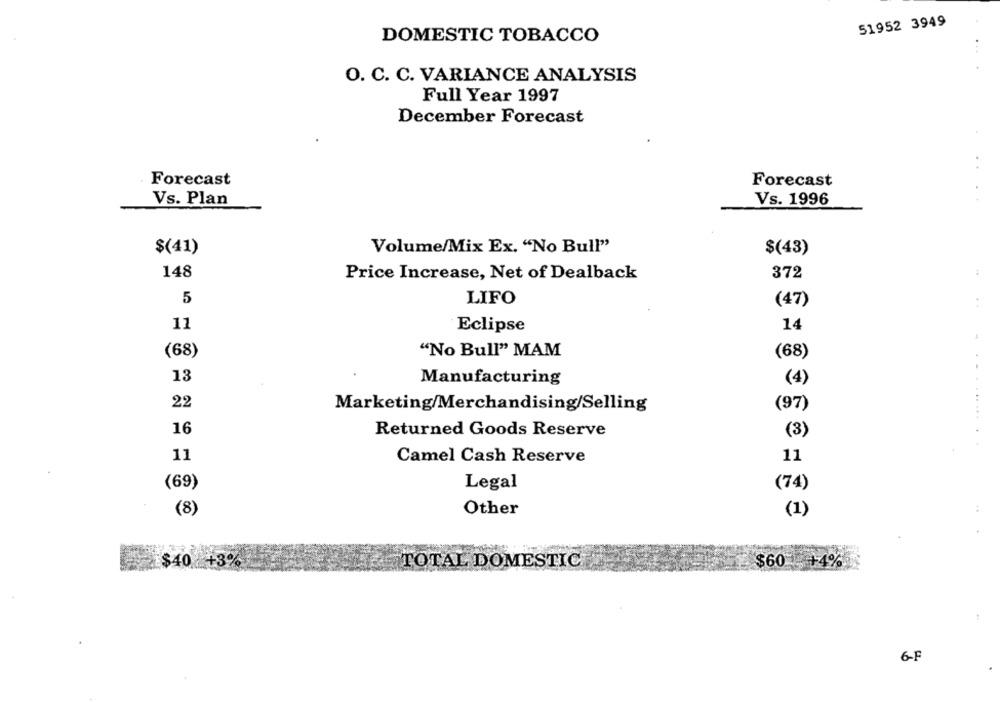
51952 3949
DOMESTIC TOBACCO
O. C. C. VARIANCE ANALYSIS
Full Year 1997
December Forecast
Forecast
Forecast
Vs. Plan
Vs. 1996
$(41)
Volume/Mix Ex. "No Bull"
$(43)
148
372
Price Increase, Net of Dealback
5
LIFO
(47)
11
Eclipse
14
(68)
"No Bull" MAM
(68)
13
Manufacturing
(4)
22
(97)
Marketing/Merchandising/Selling
16
Returned Goods Reserve
(3)
11
Camel Cash Reserve
11
Legal
(69)
(74)
(8)
Other
(1)
$40 +3%
TOTAL DOMESTIC
$60 +4%
6-F